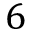
6